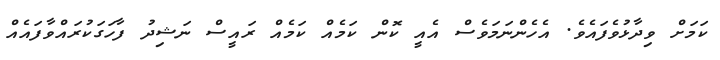
ކަމަށް ވިދާޅުވެފައެވެ. އެހެންނަމަވެސް އެއީ ކޮން ކަމެއް ކަމެއް ރައީސް ނަޝިދު ފާހަގަކުރައްވާފައެއް